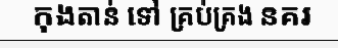
កុងតាន់ ទៅ គ្រប់គ្រង នគរ